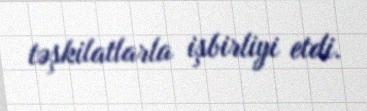
təşkilatlarla işbirliyi etdi.